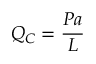
Q _ { C } = { \frac { P a } { L } }